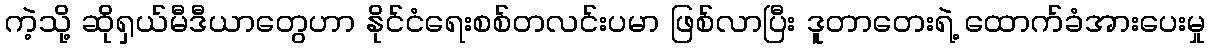
ကဲ့သို့ ဆိုရှယ်မီဒီယာတွေဟာ နိုင်ငံရေးစစ်တလင်းပမာ ဖြစ်လာပြီး ဒူတာတေးရဲ့ ထောက်ခံအားပေးမှု